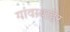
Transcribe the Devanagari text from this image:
गांवाबाहेर